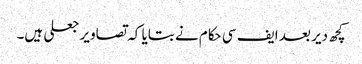
کچھ دیر بعد ایف سی حکام نے بتایا کہ تصاویر جعلی ہیں۔